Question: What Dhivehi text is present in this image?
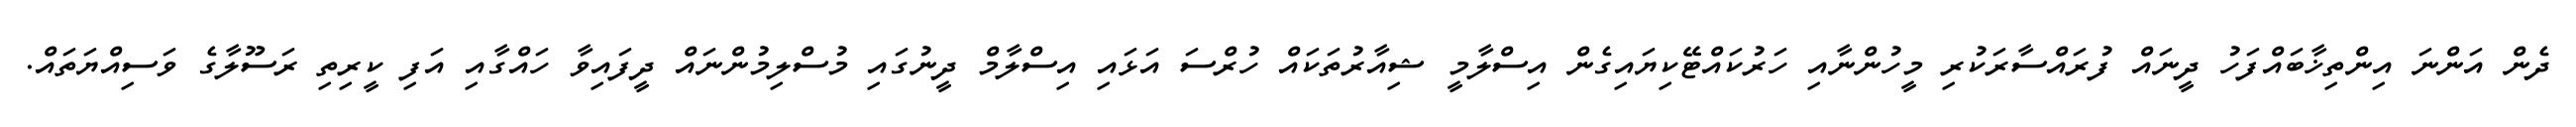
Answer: ދެން އަންނަ އިންތިޚާބައްފަހު ދީނައް ފުރައްސާރަކުރި މީހުންނާއި ހަރުކައްޓޭކިޔައިގެން އިސްލާމީ ޝިއާރުތަކައް ހުރްސަ އަޅައި އިސްލާމް ދީނުގައި މުސްލިމުންނައް ދީފައިވާ ހައްގާއި އަފި ކީރިތި ރަސޫލާގެ ވަސިއްޔަތައް.